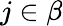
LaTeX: j\in\beta